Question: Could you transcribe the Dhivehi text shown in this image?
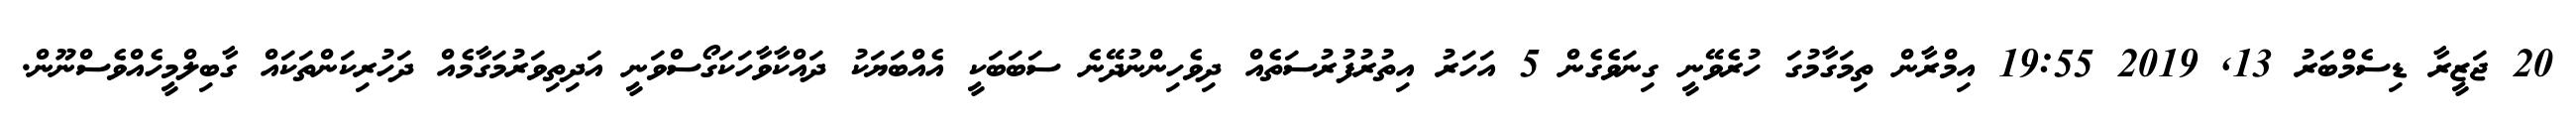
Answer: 20 ޖަޒީރާ ޑިސެމްބަރު 13, 2019 19:55 އިމްރާން ތިމަގާމުގަ ހުރެވޭނީ ގިނަވެގެން 5 އަހަރު އިތުރުފުރުސަތެއް ދިވެހިންނުދޭނެ ސަބަބަކީ އެއްބަޔަކު ދައްކާވާހަކަގޯސްވަނީ އަދިތިވަރުމަގާމެއް ދަހުރިކަންތަކައް ގާބިލްމީހެއްވެސްނޫން.